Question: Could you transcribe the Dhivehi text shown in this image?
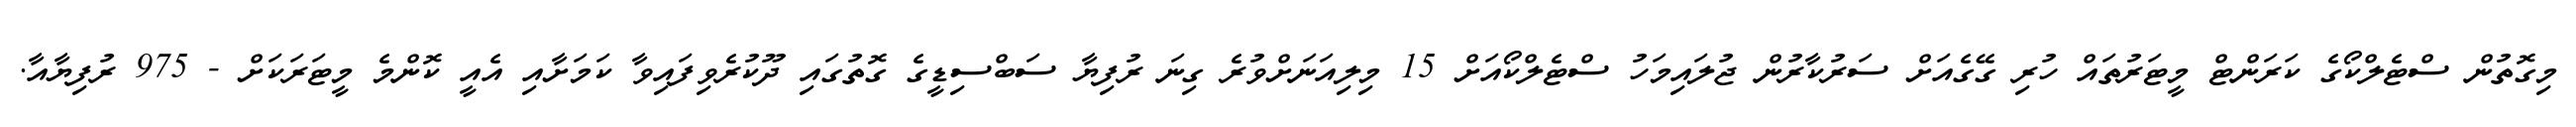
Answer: މިގޮތުން ސްޓެލްކޯގެ ކަރަންޓް މީޓަރުތައް ހުރި ގޭގެއަށް ސަރުކާރުން ޖުލައިމަހު ސްޓެލްކޯއަށް 15 މިލިއަނަށްވުރެ ގިނަ ރުފިޔާ ސަބްސިޑީގެ ގޮތުގައި ދޫކުރެވިފައިވާ ކަމަށާއި އެއީ ކޮންމެ މީޓަރަކަށް - 975 ރުފިޔާއާ.